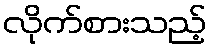
လိုက်စားသည့်